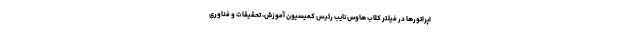
اپراتورها در فیلتر کلاب هاوس نایب رئیس کمیسیون آموزش، تحقیقات و فناوری